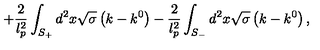
+ \frac { 2 } { l _ { p } ^ { 2 } } \int _ { S _ { + } } ^ { { } } d ^ { 2 } x \sqrt { \sigma } \left( k - k ^ { 0 } \right) - \frac { 2 } { l _ { p } ^ { 2 } } \int _ { S _ { - } } d ^ { 2 } x \sqrt { \sigma } \left( k - k ^ { 0 } \right) ,